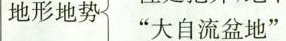
地形地势”大自流盆地”